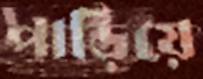
পাড়িয়ে